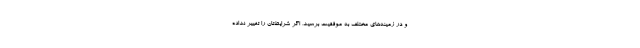
و در زمینه‌های مختلف به موفقیت برسید، اگر شرایط‌تان را تغییر نداده